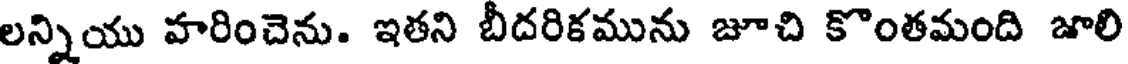
లన్నియు హరించెను. ఇతని బీదరికమును జూచి కొంతమంది జూలి